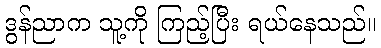
ဒွန်ညာက သူ့ကို ကြည့်ပြီး ရယ်နေသည်။